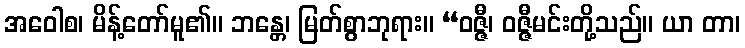
အဝေါစ၊ မိန့်တော်မူ၏။ ဘန္တေ၊ မြတ်စွာဘုရား။ “ဝဇ္ဇီ၊ ဝဇ္ဇီမင်းတို့သည်။ ယာ တာ၊